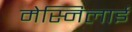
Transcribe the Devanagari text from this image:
मेस्निलाई